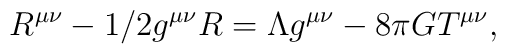
R^{\mu \nu} - 1/2 g^{\mu \nu} R = \Lambda g^{\mu \nu} - 8 \pi G T^{\mu\nu},